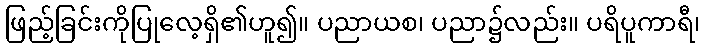
ဖြည့်ခြင်းကိုပြုလေ့ရှိ၏ဟူ၍။ ပညာယစ၊ ပညာ၌လည်း။ ပရိပူကာရီ၊